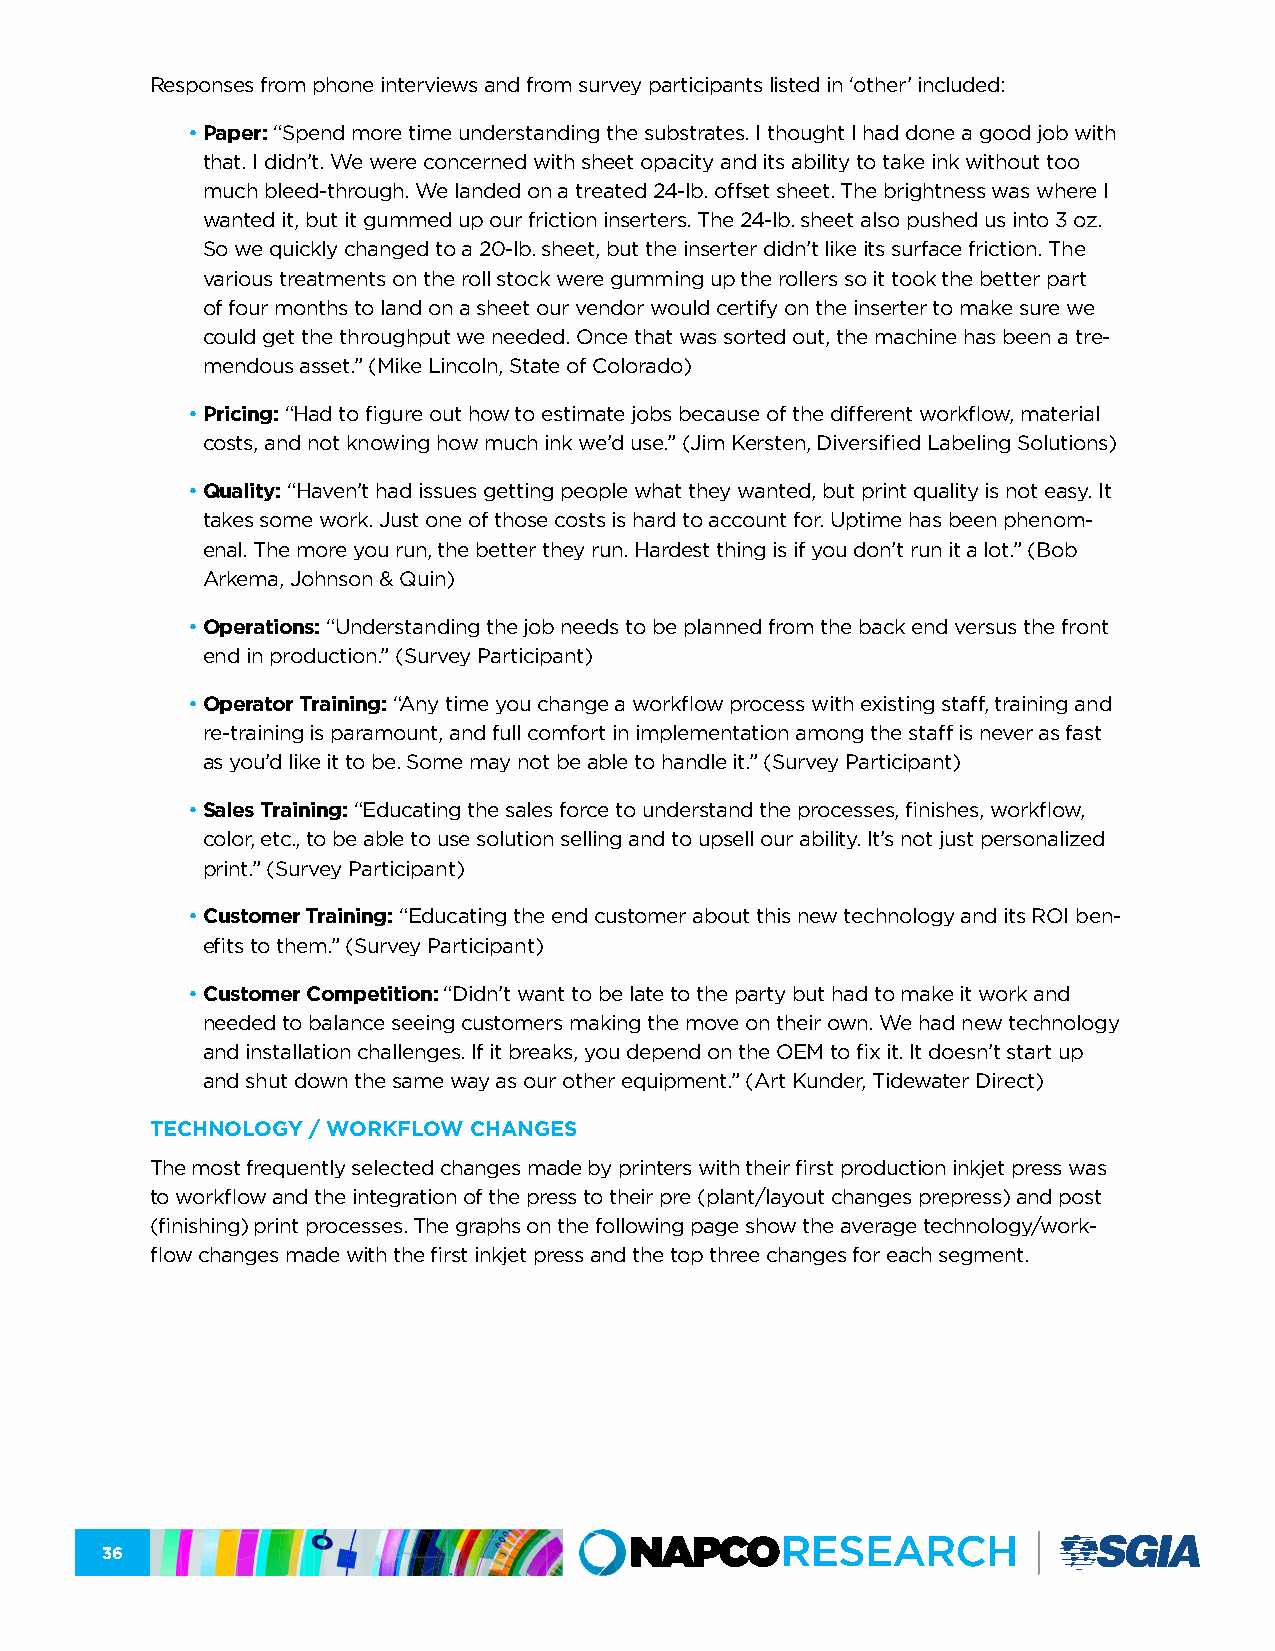
Responses from phone interviews and from survey participants listed in ‘other’ included:
 • Paper: “Spend more time understanding the substrates. I thought I had done a good job with
 that. I didn’t. We were concerned with sheet opacity and its ability to take ink without too
 much bleed-through. We landed on a treated 24-lb. offset sheet. The brightness was where I
 wanted it, but it gummed up our friction inserters. The 24-lb. sheet also pushed us into 3 oz.
 So we quickly changed to a 20-lb. sheet, but the inserter didn’t like its surface friction. The
 various treatments on the roll stock were gumming up the rollers so it took the better part
 of four months to land on a sheet our vendor would certify on the inserter to make sure we
 could get the throughput we needed. Once that was sorted out, the machine has been a tre-
 mendous asset.” (Mike Lincoln, State of Colorado)
 • Pricing: “Had to figure out how to estimate jobs because of the different workflow, material
 costs, and not knowing how much ink we’d use.” (Jim Kersten, Diversified Labeling Solutions)
 • Quality: “Haven’t had issues getting people what they wanted, but print quality is not easy. It
 takes some work. Just one of those costs is hard to account for. Uptime has been phenom-
 enal. The more you run, the better they run. Hardest thing is if you don’t run it a lot.” (Bob
 Arkema, Johnson & Quin)
 • Operations: “Understanding the job needs to be planned from the back end versus the front
 end in production.” (Survey Participant)
 • Operator Training: “Any time you change a workflow process with existing staff, training and
 re-training is paramount, and full comfort in implementation among the staff is never as fast
 as you’d like it to be. Some may not be able to handle it.” (Survey Participant)
 • Sales Training: “Educating the sales force to understand the processes, finishes, workflow,
 color, etc., to be able to use solution selling and to upsell our ability. It’s not just personalized
 print.” (Survey Participant)
 • Customer Training: “Educating the end customer about this new technology and its ROI ben-
 efits to them.” (Survey Participant)
 • Customer Competition: “Didn’t want to be late to the party but had to make it work and
 needed to balance seeing customers making the move on their own. We had new technology
 and installation challenges. If it breaks, you depend on the OEM to fix it. It doesn’t start up
 and shut down the same way as our other equipment.” (Art Kunder, Tidewater Direct)
 TECHNOLOGY / WORKFLOW CHANGES
 The most frequently selected changes made by printers with their first production inkjet press was
 to workflow and the integration of the press to their pre (plant/layout changes prepress) and post
 (finishing) print processes. The graphs on the following page show the average technology/work-
 flow changes made with the first inkjet press and the top three changes for each segment.
 36